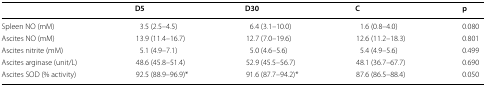
|  | D5 | D30 | C | p |
 | --- | --- | --- | --- | --- |
 | Spleen NO (mM) | 3.5 (2.5–4.5) | 6.4 (3.1–10.0) | 1.6 (0.8–4.0) | 0.080 |
 | Ascites NO (mM) | 13.9 (11.4–16.7) | 12.7 (7.0–19.6) | 12.6 (11.2–18.3) | 0.801 |
 | Ascites nitrite (mM) | 5.1 (4.9–7.1) | 5.0 (4.6–5.6) | 5.4 (4.9–5.6) | 0.499 |
 | Ascites arginase (unit/L) | 48.6 (45.8–51.4) | 52.9 (45.5–56.7) | 48.1 (36.7–67.7) | 0.690 |
 | Ascites SOD (% activity) | 92.5 (88.9–96.9)* | 91.6 (87.7–94.2)* | 87.6 (86.5–88.4) | 0.050 |